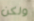
ولكن